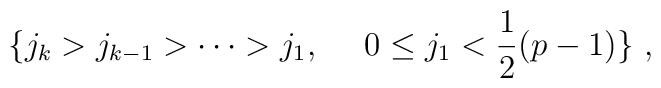
\{j_k>j_{k-1}>\cdots>j_1,~~~~0\leq j_1<\frac{1}{2}(p-1)\}~,